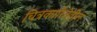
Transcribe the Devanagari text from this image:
चित्रकारितेतील